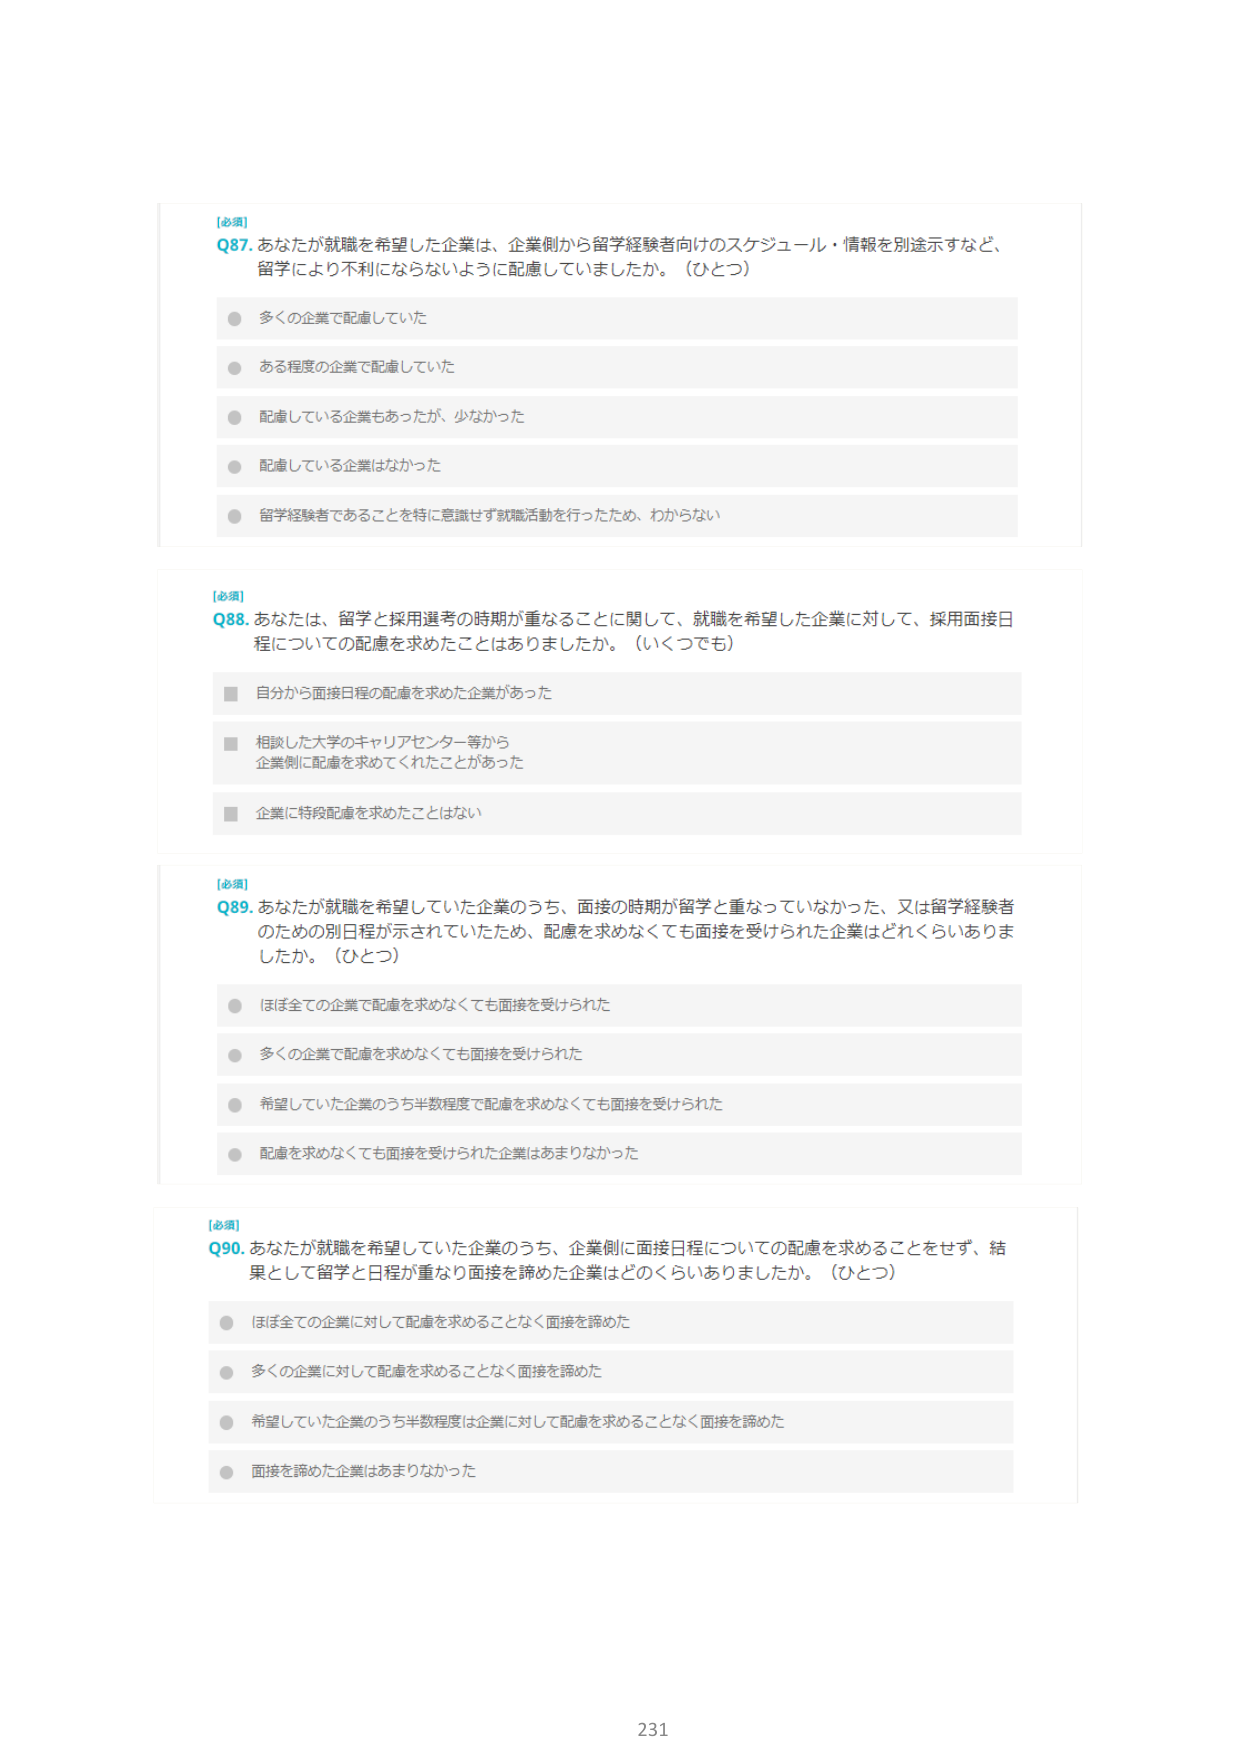
[必須]
Q87. あなたが就職を希望した企業は、企業側から留学経験者向けのスケジュール・情報を別途示すなど、留学により不利にならないように配慮していましたか。（ひとつ）
● 多くの企業で配慮していた
● ある程度の企業で配慮していた
● 配慮している企業もあったが、少なかった
● 配慮している企業はなかった
● 留学経験者であることを特に意識せず就職活動を行ったため、わからない

[必須]
Q88. あなたは、留学と採用選考の時期が重なることに関して、就職を希望した企業に対して、採用面接日程についての配慮を求めたことはありましたか。（いくつでも）
■ 自分から面接日程の配慮を求めた企業があった
■ 相談した大学のキャリアセンター等から企業側に配慮を求めてくれたことがあった
■ 企業に特段配慮を求めたことはない

[必須]
Q89. あなたが就職を希望していた企業のうち、面接の時期が留学と重なっていなかった、又は留学経験者のための別日程が示されていたため、配慮を求めなくても面接を受けられた企業はどれくらいありましたか。（ひとつ）
● ほぼ全ての企業で配慮を求めなくても面接を受けられた
● 多くの企業で配慮を求めなくても面接を受けられた
● 希望していた企業のうち半数程度で配慮を求めなくても面接を受けられた
● 配慮を求めなくても面接を受けられた企業はあまりなかった

[必須]
Q90. あなたが就職を希望していた企業のうち、企業側に面接日程についての配慮を求めることをせず、結果として留学と日程が重なり面接を諦めた企業はどのくらいありましたか。（ひとつ）
● ほぼ全ての企業に対して配慮を求めることなく面接を諦めた
● 多くの企業に対して配慮を求めることなく面接を諦めた
● 希望していた企業のうち半数程度は企業に対して配慮を求めることなく面接を諦めた
● 面接を諦めた企業はあまりなかった

231